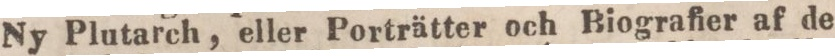
Ny Plutarch, eller Porträtter och Biografier af de